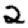
Digit: 2